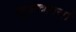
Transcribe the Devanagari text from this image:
गुरुच्छायां